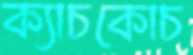
ক্যাচকোচ